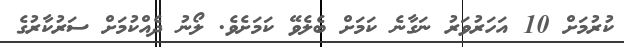
ކުރުމަށް 10 އަހަރުވަރު ނަގާނެ ކަމަށް ބެލެވޭ ކަމަށެވެ. ލޯނު ދެއްކުމަށް ސަރުކާރުގެ